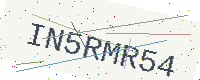
Text: IN5RMR54